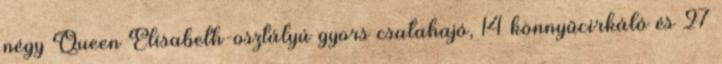
négy Queen Elisabeth-osztályú gyors csatahajó, 14 könnyűcirkáló és 27